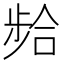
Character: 𫫈